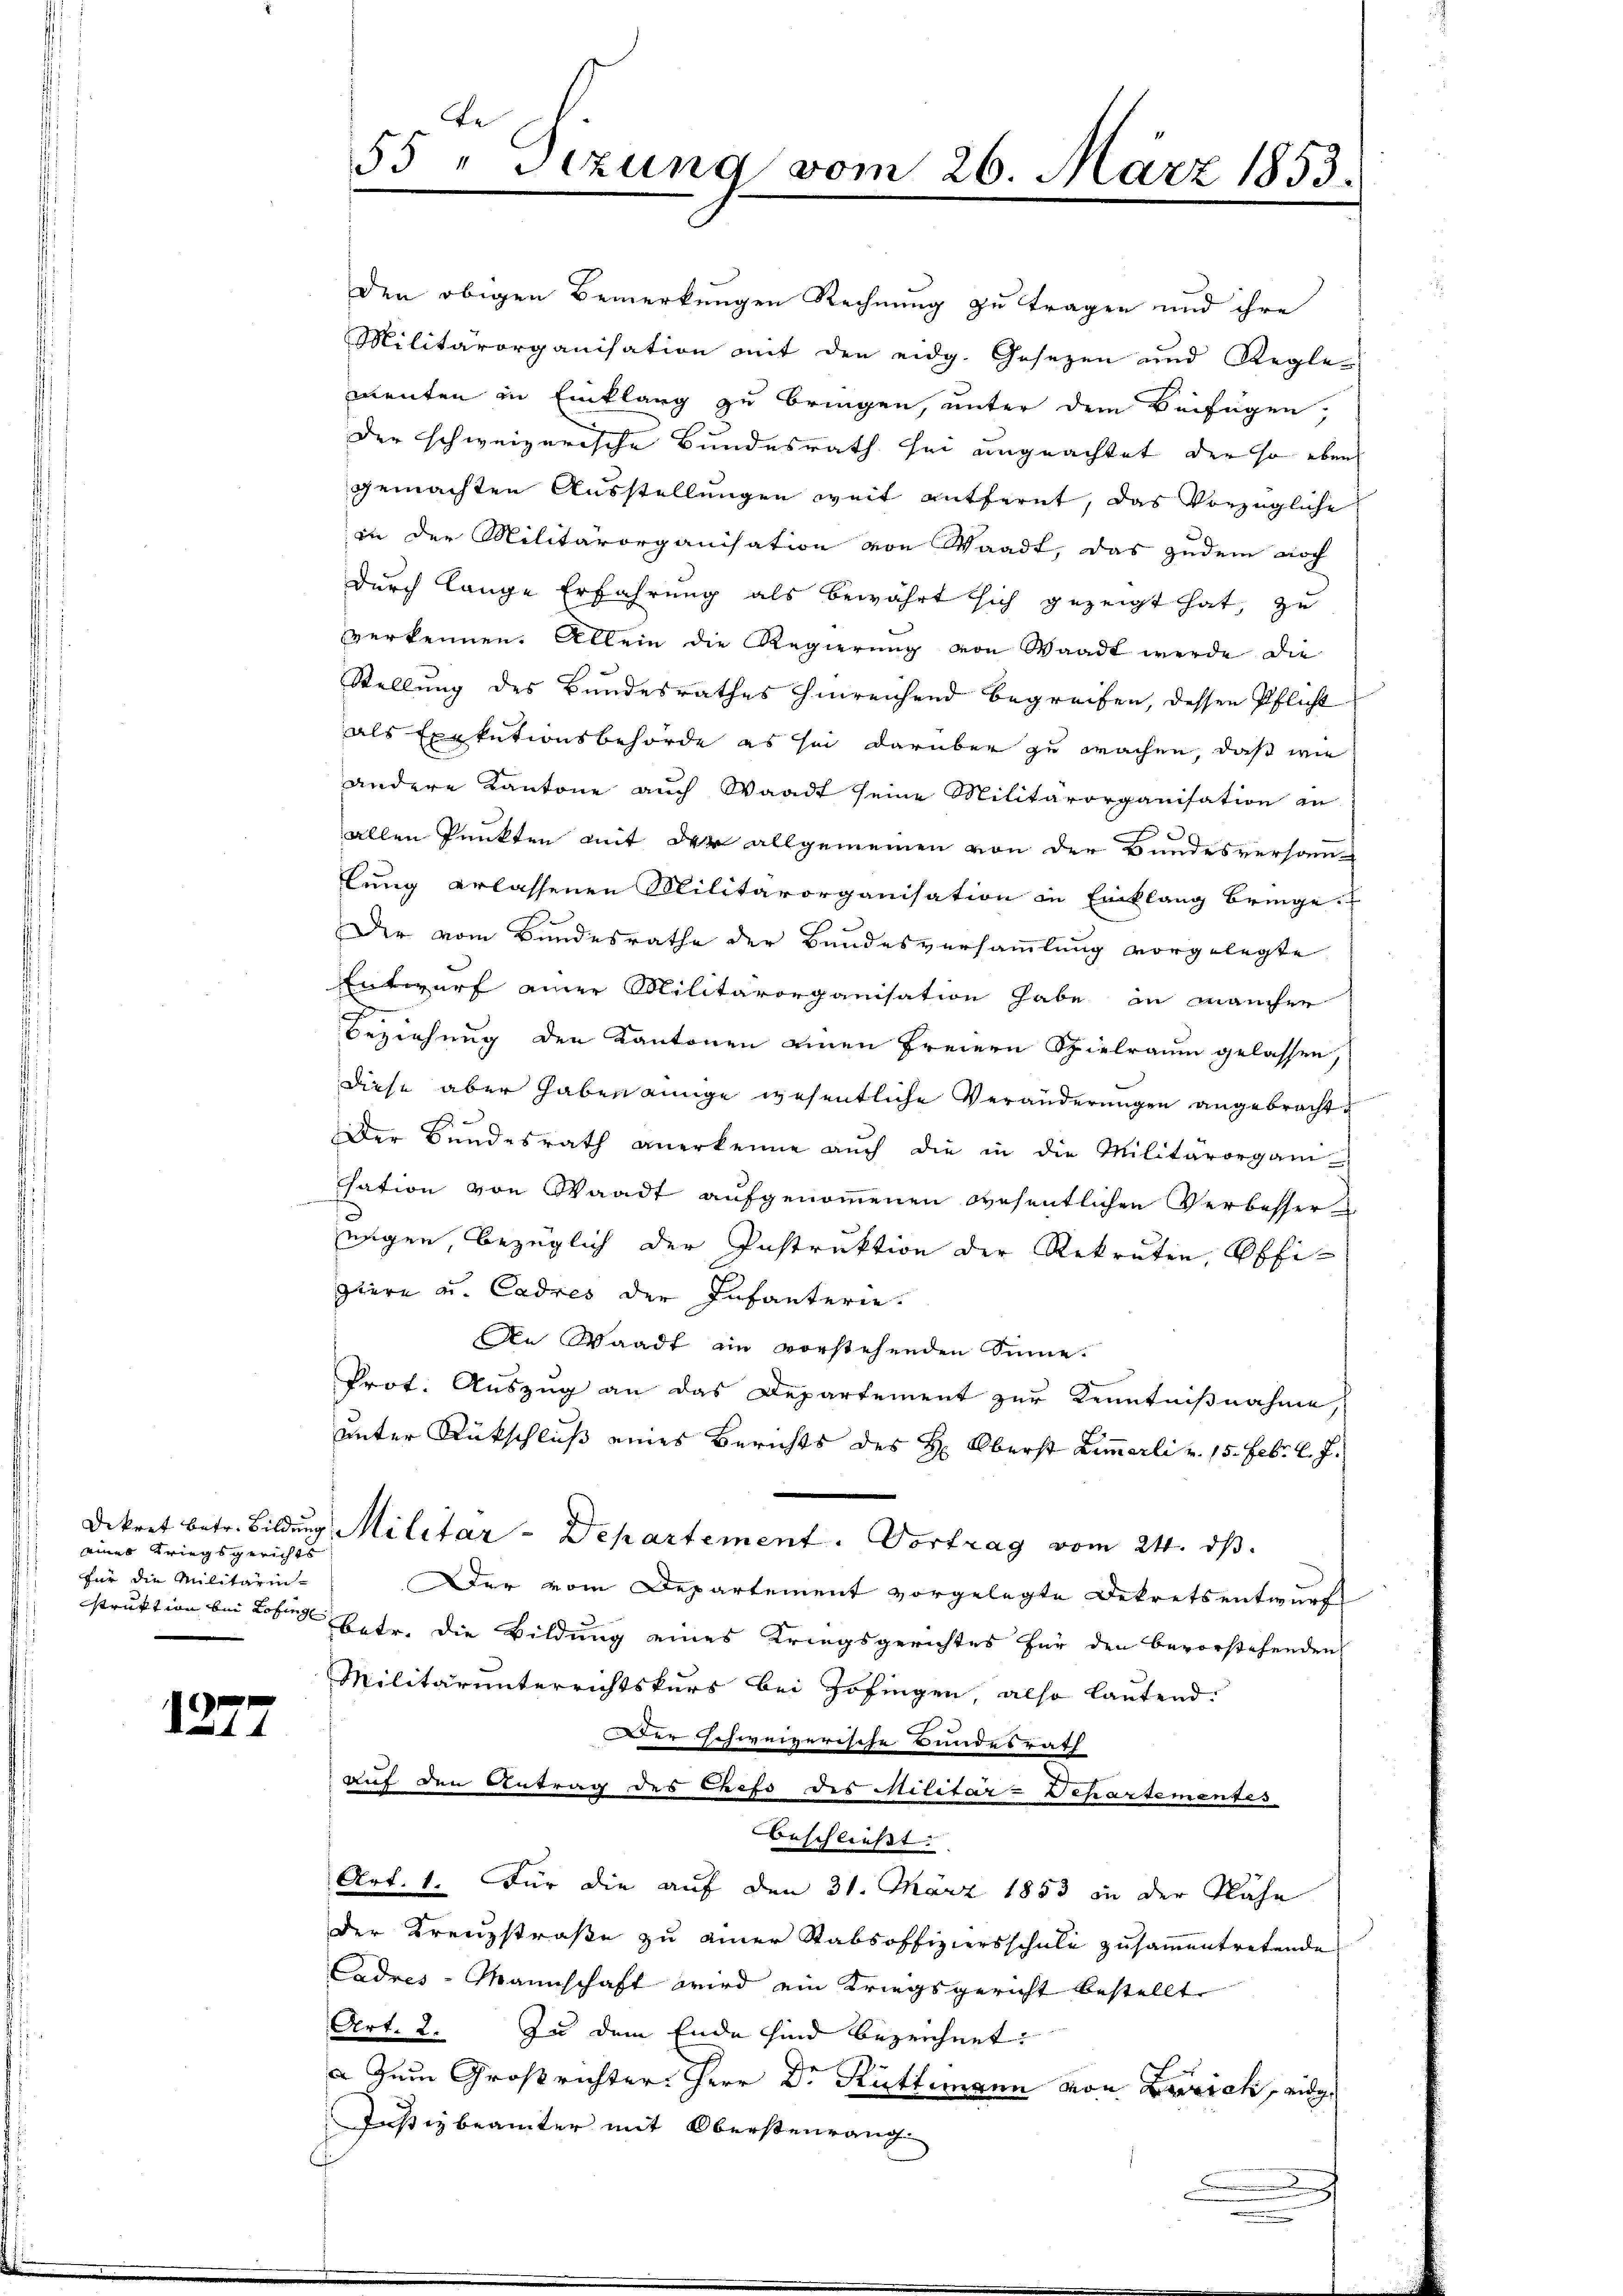
eines Kriegsgerichts
für die Militärin-
struktion bei Lofing

121.

den obigen Bemerkungen Rechnung zu tragen und ihre
Militärorganisation mit den eidg. Gesetzen und Regle-
menten in Einklang zu bringen, unter dem Beifügen,
der schweizerische Bundesrath sei ungeachtet, der so eben
gemachten Ausstellungen weit entfernt, das vorzügliche
in der Militärorganisation von Waadt, das zudem noch
durch lange Erfahrung als bewährt sich gezeigt hat, zu
verkennen. Allein die Regierung von Waadt werde die
Stellung des Bundesrathes hinreichend begreifen, dessen Pflicht
als Exekutionsbehörde es sei darüber zu wachen, daß wie
andere Kantone auch Waadt seine Militärorganisation zu
allen Punkten mit der allgemeinen von der Bundesversamlung erlassenen Militärorganisation in Einklang bringe.
Der vom Bundesrathe der Bundesversammlung vorgelegte
Entwurf einer Militärorganisation habe in mancher
e
Beziehung den Kantonen einen Freiern Spielraum gelassen,
diese aber haben einge wesentliche Veränderungen angebracht
Der Bundesrath anerkenne auch die in die Militärorgani-
sation von Waadt aufgenommenen wesentlichen Verbesser
nigen, bezüglich der Instruktion der Rekruten Offipiere u. Cadres der Infanterie.
An Waadt ein vorstehenden Sinne.
Prot. Auszug an das Departement zur Kenntnißnahme,
unter Rückschluß eines Berichts des H: Oberst Zimmerli v. 15. Febr. l. J.
.
Dekret betr. Bildŭng Militar-Departement. Vortrag vom 24. ds.
Der vom Departement vorgelegte Dekretsentwurf
betr. die Bildung eines Kriegsgerichtes für den bevorstehenden
Militärunterrichtskurs bei Zofingen, also lautend.
Der schweizerische Bundesrath
auf den Antrag des Chefs des Militär-Separtementes
beschließt.
Art. 1. Für die auf den 31. März 1853 in der Nähe
Der Kreuzstraße zu einer Stabsoffiziersschule zusammentretende
Cadres-Mannschaft wird ein Kriegsgericht bestellt
Art. 2. Zu dem Ende sind bezeichnet:
a Zum Großrichter Herr Dr. Rüttimann von Zürich, eidg.
Justizbeamter mit Obersteurang
c
.

55 " Sizung vom 26. März 1853.